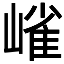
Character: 𭗋